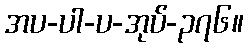
အပ-ပါ-ပ-အုပ်-၃၇၆။